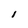
Character: l